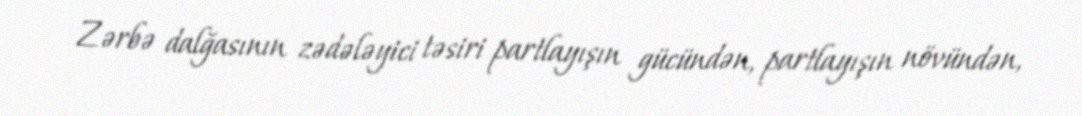
Zərbə dalğasının zədələyici təsiri partlayışın gücündən, partlayışın növündən,